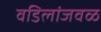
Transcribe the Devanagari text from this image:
वडिलांजवळ